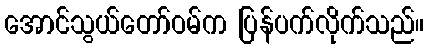
အောင်သွယ်တော်ဝမ်က ပြန်ပက်လိုက်သည်။